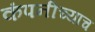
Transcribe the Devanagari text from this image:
कंपनीच्याच